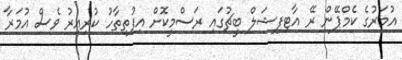
އުމަރުގެ ކެމްޕޭން ރޭ އާޓިފިޝަލް ބީޗުގައި ރަސްމީކޮށް އިފުތިތާހު ކުރިއިރު ވެސް އުމަރާ